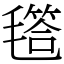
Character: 㲮